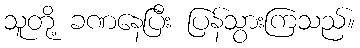
သူတို့ ခဏနေပြီး ပြန်သွားကြသည်။